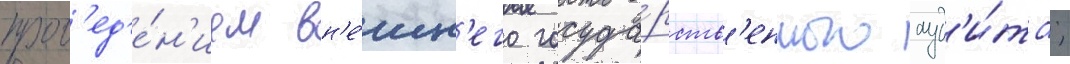
пров'ед'е́н'ием вн'е́шн'его госуда́рств'енного ауд'и́та;